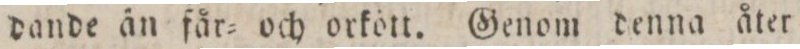
dande än får= och orkott. Genom denna åter